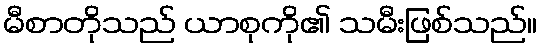
မီစာတိုသည် ယာစုကို၏ သမီးဖြစ်သည်။